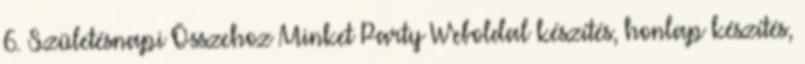
6. Születésnapi Összehoz Minket Party Weboldal készítés, honlap készítés,